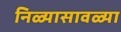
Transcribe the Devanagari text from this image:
निळ्यासावळ्या